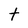
Character: t